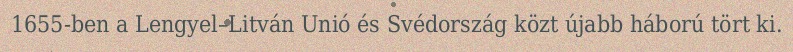
1655-ben a Lengyel–Litván Unió és Svédország közt újabb háború tört ki.